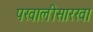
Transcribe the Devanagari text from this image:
पखालीसारखा